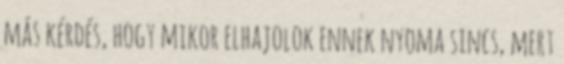
más kérdés, hogy mikor elhajolok ennek nyoma sincs, mert